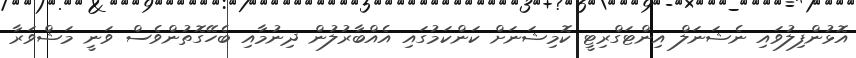
އޮޅުންފިލުވައި ނެޝަނަލް އިންޓަގްރިޓީ ކޮމިޝަނަށް ކަންކަމުގައި އެއްބާރުލުން ދިނުމާއި ބެހޭގޮތުންވެސް ވަނީ މަޝްވަރާ